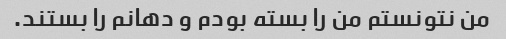
من نتونستم من را بسته بودم و دهانم را بستند.